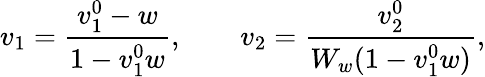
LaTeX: v_{1}=\frac{v_{1}^{0}-w}{1-v_{1}^{0}w},\qquad v_{2}=\frac{v_{2}^{0}}{W_{w}(1-v_{1}^{0}w)},